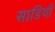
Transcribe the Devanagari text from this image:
साडि़याँ